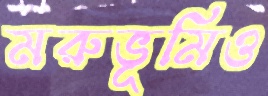
মরুভূমিও